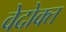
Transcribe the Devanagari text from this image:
वेदोक्‍त